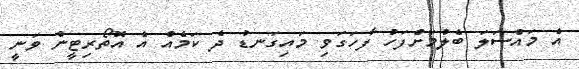
އެ މައްސަލަ ބެލުމަށްފަހު ފާހަގަވި މައިގަނޑު ދެ ކަމެއް އެ އޮތޯރިޓީން ވަނީ